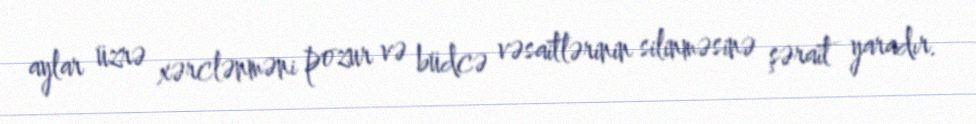
aylar üzrə xərclənməni pozur və büdcə vəsaitlərinin silinməsinə şərait yaradır.